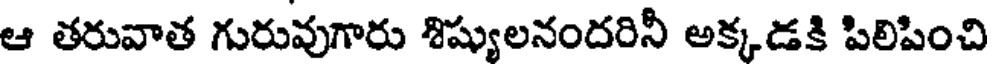
ఆ తరువాత గురువుగారు శిష్యులనందరినీ అక్కడకి పిలిపించి